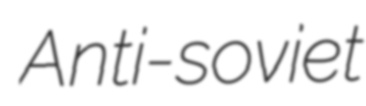
Anti-soviet